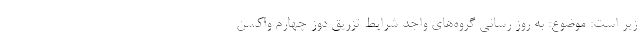
زیر است: موضوع: به روز رسانی گروه‌های واجد شرایط تزریق دوز چهارم واکسن